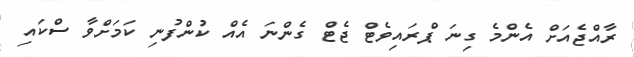
ރާއްޖެއަށް އެންމެ ގިނަ ޕްރައިވެޓް ޖެޓް ގެންނަ އެއް ކުންފުނި ކަމަށްވާ ސްކައި